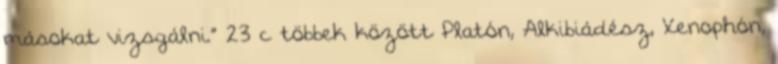
másokat vizsgálni.” 23 c többek között Platón, Alkibiádész, Xenophón,